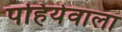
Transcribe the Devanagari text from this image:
पहियेवाला